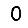
Digit: 0